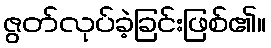
ဇွတ်လုပ်ခဲ့ခြင်းဖြစ်၏။